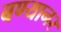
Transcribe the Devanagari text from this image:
बण्यान२